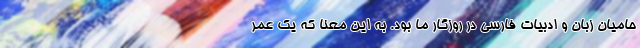
حامیان زبان و ادبیات فارسی در روزگار ما بود. به این معنا که یک عمر